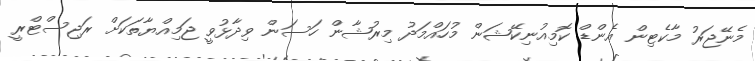
މެނޭޖަރު މާކެޓިން އެންޑް ކޮމިއުނިކޭޝަން މުހައްމަދު މިރުޝާން ހަސަން ވިދާޅުވީ ޖަމިއްޔާތަކަށް ރަޖިސްޓްރީ